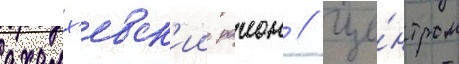
ахалх'евск'ии раион // Це́нтром